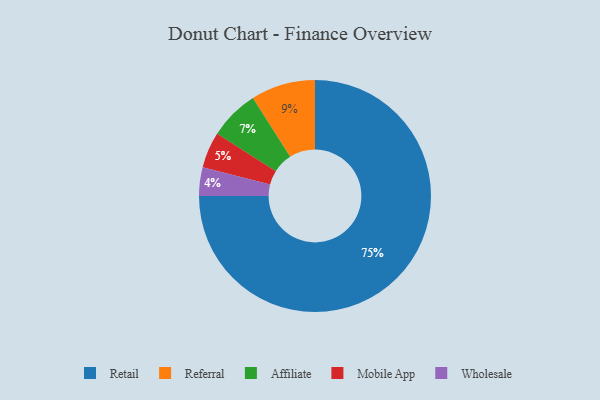
{"axis": {"x": "Category", "y": "Percentage"}, "legend": ["Affiliate", "Mobile App", "Referral", "Retail", "Wholesale"], "data": [{"x": "Referral", "y": 9, "type": "Referral"}, {"x": "Affiliate", "y": 7, "type": "Affiliate"}, {"x": "Retail", "y": 75, "type": "Retail"}, {"x": "Mobile App", "y": 5, "type": "Mobile App"}, {"x": "Wholesale", "y": 4, "type": "Wholesale"}]}